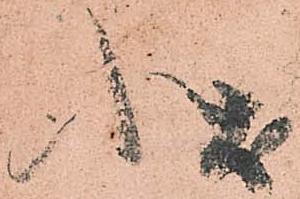
状